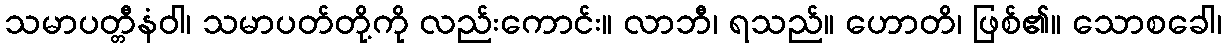
သမာပတ္တီနံဝါ၊ သမာပတ်တို့ကို လည်းကောင်း။ လာဘီ၊ ရသည်။ ဟောတိ၊ ဖြစ်၏။ သောစခေါ၊